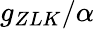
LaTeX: g_{ZLK}/\alpha